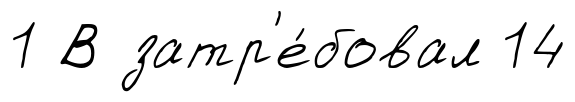
1 В затр'е́бовал 14